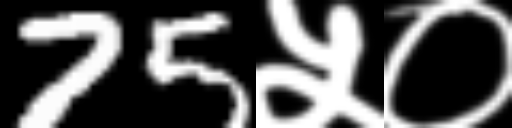
Text: 75५०